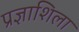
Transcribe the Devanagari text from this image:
प्रज्ञाशिला